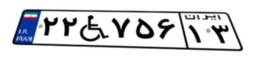
۲۲W۷۵۶۱۳